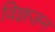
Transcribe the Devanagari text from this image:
विज्ञजन